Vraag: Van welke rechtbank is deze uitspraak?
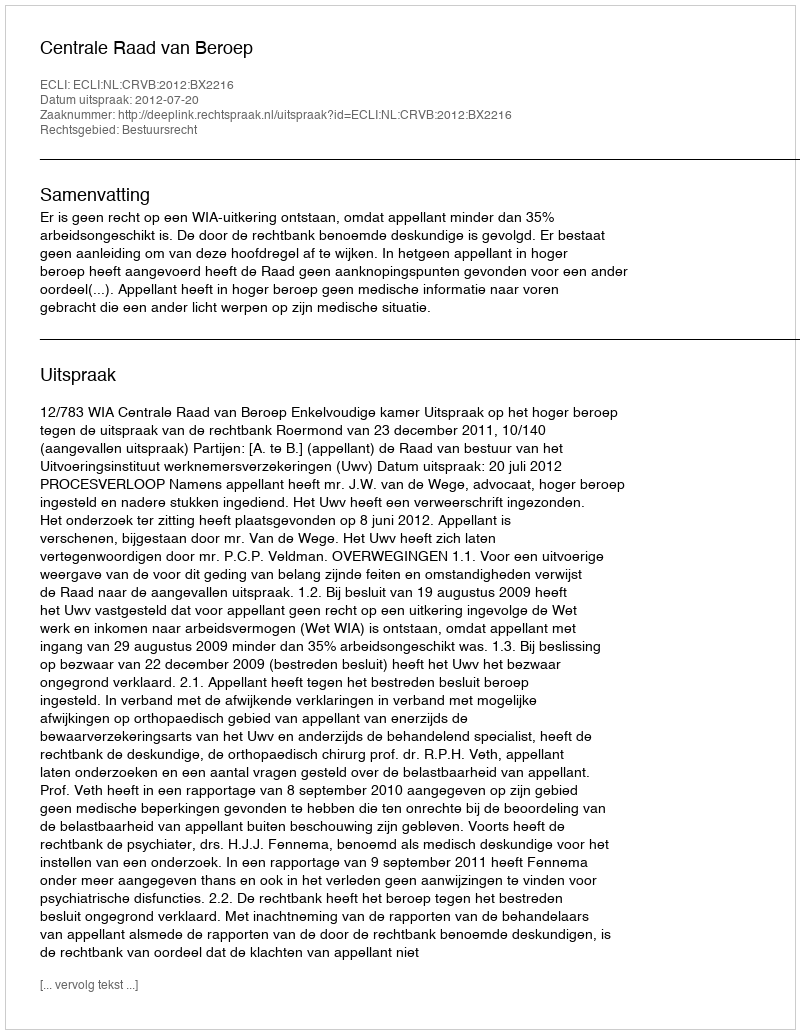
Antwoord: Centrale Raad van Beroep